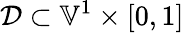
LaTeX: \mathcal{D}\subset\mathbb{V}^{1}\times[0,1]